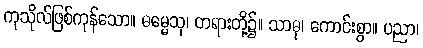
ကုသိုလ်ဖြစ်ကုန်သော။ ဓမ္မေသု၊ တရားတို့၌။ သာဓု၊ ကောင်းစွာ။ ပညာ၊